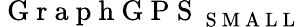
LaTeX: \mathrm{~G~r~a~p~h~G~P~S~}_{\mathrm{~S~M~A~L~L~}}